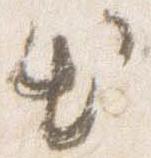
出